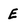
Character: E